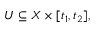
U \subseteq X \times [ t _ { 1 } , t _ { 2 } ] ,